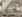
قبل